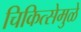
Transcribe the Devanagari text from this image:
चिकित्सेमुळे